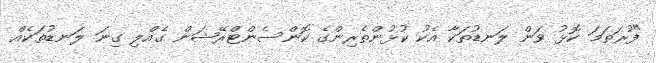
"ފުރަތަމަ ކޮޅު ވަން ލަނޑުތަކާ އެކު ކުޅުންތެރިންގެ ކޮންސެންޓްރޭޝަން ގެއްލި ގިނަ ލަނޑުތަކެއް